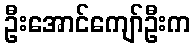
ဦးအောင်ကျော်ဦးက